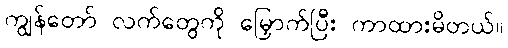
ကျွန်တော် လက်တွေကို မြှောက်ပြီး ကာထားမိတယ်။